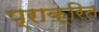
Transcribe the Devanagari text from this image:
प्राक्रित